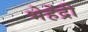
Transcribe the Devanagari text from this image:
भेहेंद्री